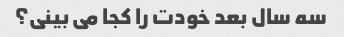
سه سال بعد خودت را کجا می بینی؟